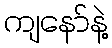
ကျနော်နဲ့